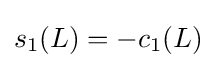
s_{1}(L)=-c_{1}(L)